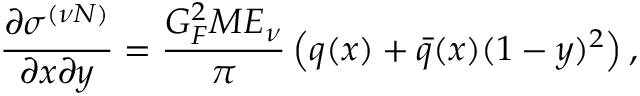
\frac { \partial \sigma ^ { ( \nu N ) } } { \partial x \partial y } = \frac { G _ { F } ^ { 2 } M E _ { \nu } } { \pi } \left( q ( x ) + \bar { q } ( x ) ( 1 - y ) ^ { 2 } \right) ,